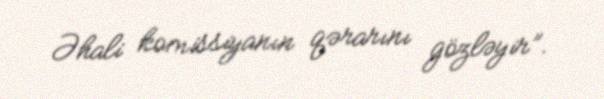
Əhali komissiyanın qərarını gözləyir”.